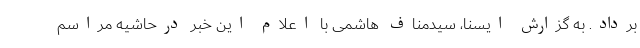
برداد. به گزارش ایسنا، سیدمناف هاشمی با اعلام این خبر درحاشیه مراسم